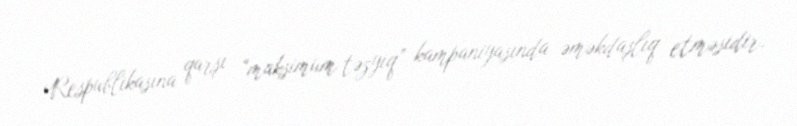
Respublikasına qarşı “maksimum təzyiq” kampaniyasında əməkdaşlıq etməsidir.